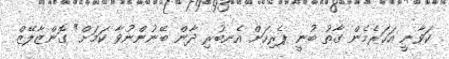
ކަވާނީ އަހަރެމެން ގާތު ބުނީ ޕެރިހަށް އެނބުރި ދާން ބޭނުންނުވާ ކަމަށް" ގޮންޒާލޭޒް